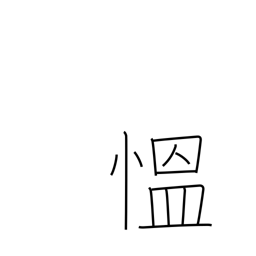
Meaning: be angry (excited)